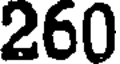
260